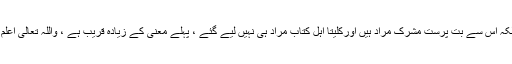
بلکہ اس سے بت پرست مشرک مراد ہیں اورکلیتا اہل کتاب مراد ہی نہیں لیے گئے ، پہلے معنی کے زيادہ قریب ہے ، واللہ تعالی اعلم ۔